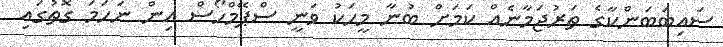
ސައިބަބަންކާގެ ތަރުޖަމާނެއް ކަމަށް ބުނާ މީހަކު ވަނީ ސްޕޭމްހޯސް އިން ނަހަމަ ގޮތުގައި